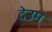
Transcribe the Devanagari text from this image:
देउम